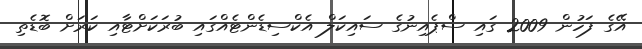
އޭގެ ފަހުން 2009 ގައި ސްޕެއިނުގެ ސައިކަލް އެކްސިޑެންޓެއްގައި ބުރަކަށްޓާއި ކަރަށް ބޮޑެތި